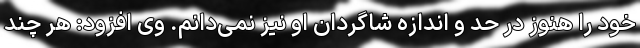
خود را هنوز در حد و اندازه شاگردان او نیز نمی‌دانم. وی افزود: هر چند